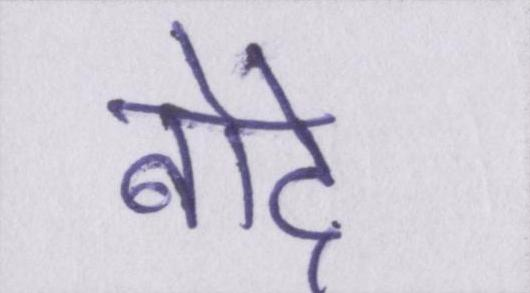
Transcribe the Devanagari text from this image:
बोदे